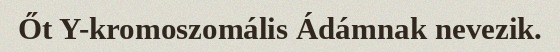
Őt Y-kromoszomális Ádámnak nevezik.